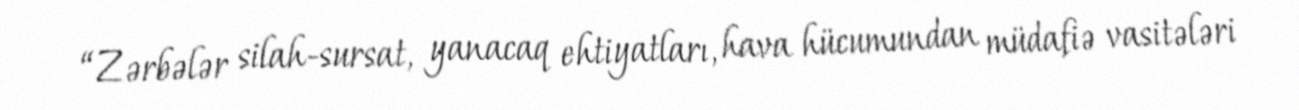
“Zərbələr silah-sursat, yanacaq ehtiyatları, hava hücumundan müdafiə vasitələri